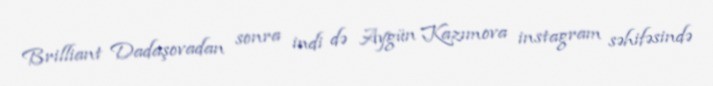
Brilliant Dadaşovadan sonra indi də Aygün Kazımova instagram səhifəsində